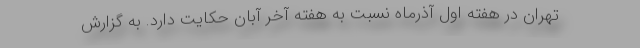
تهران در هفته اول آذرماه نسبت به هفته آخر آبان حکایت دارد. به گزارش